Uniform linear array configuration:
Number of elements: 12
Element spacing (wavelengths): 0.25
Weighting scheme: hamming
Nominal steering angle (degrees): -45
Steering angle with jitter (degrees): -46.038
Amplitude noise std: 0.05
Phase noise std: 0.05

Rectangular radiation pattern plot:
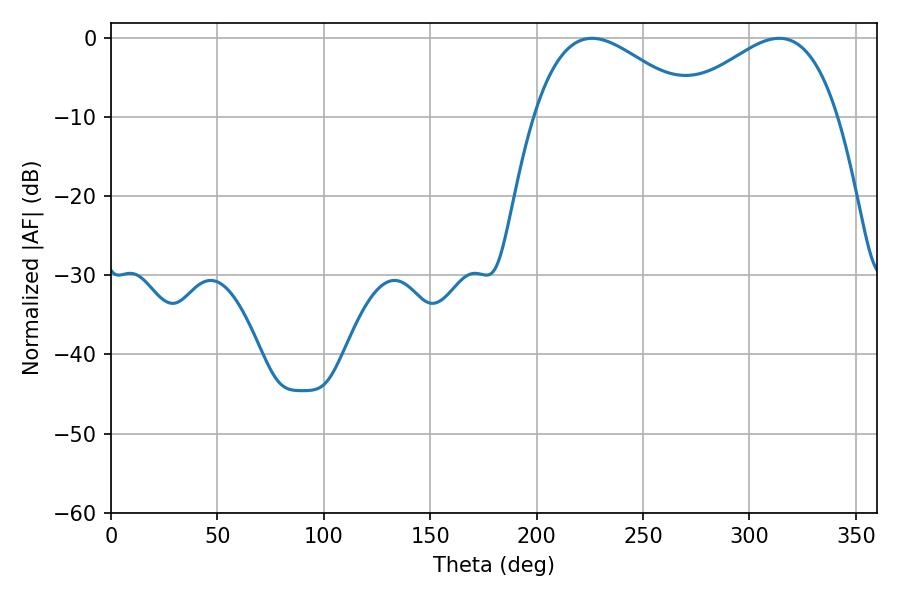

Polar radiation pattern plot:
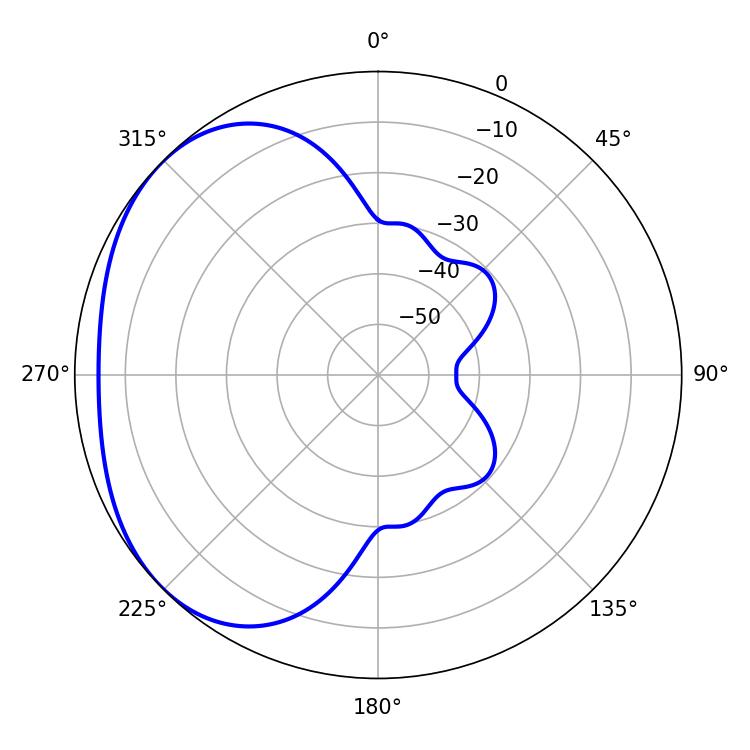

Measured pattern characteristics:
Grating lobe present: FALSE
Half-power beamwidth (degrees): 41.22
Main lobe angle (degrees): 226.08